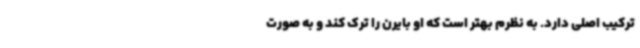
ترکیب اصلی دارد. به نظرم بهتر است که او بایرن را ترک کند و به صورت